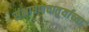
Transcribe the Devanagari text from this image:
संभाषणचातुर्याच्या